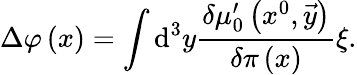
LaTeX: \Delta\varphi\left(x\right)=\int\mathrm{d}^{3}y\frac{\delta\mu_{0}^{\prime}\left(x^{0},\vec{y}\right)}{\delta\pi\left(x\right)}\xi.